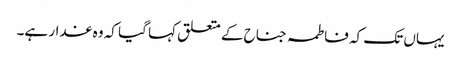
یہاں تک کہ فاطمہ جناح کے متعلق کہا گیا کہ وہ غدار ہے۔